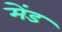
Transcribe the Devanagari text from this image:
मेंड